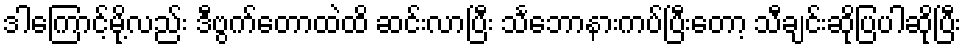
ဒါကြောင့်မို့လည်း ဒီဗွက်တောထဲထိ ဆင်းလာပြီး သင်္ဘောနားကပ်ပြီးတော့ သီချင်းဆိုပြပါဆိုပြီး